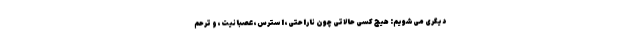
دیگری می‌شویم: هیچ کسی حالاتی چون ناراحتی، استرس، عصبانیت، و ترحم